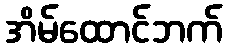
အိမ်ထောင်ဘက်